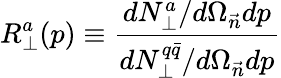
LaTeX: R_{\perp}^{a}(p)\equiv\frac{dN_{\perp}^{a}/d\Omega_{\vec{n}}dp}{dN_{\perp}^{q\bar{q}}/d\Omega_{\vec{n}}dp}